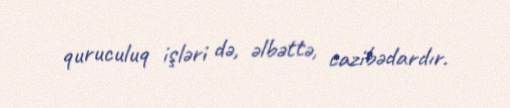
quruculuq işləri də, əlbəttə, cazibədardır.